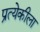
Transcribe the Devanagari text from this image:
प्रत्येकीला